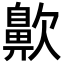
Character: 𪖗